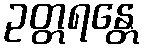
ဥတ္တရန္တေ